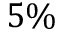
5 \%